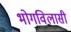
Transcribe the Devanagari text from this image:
भोगविलासी